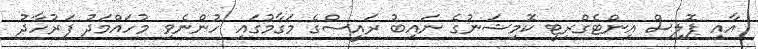
އާއި ޕޮލިސް އިންޓެގްރިޓީ ކޮމިޝަނުގެ ނައިބު ރައީސްގެ މަގާމުގައި ހުންނެވި މުހައްމަދު ފަރުހާދު